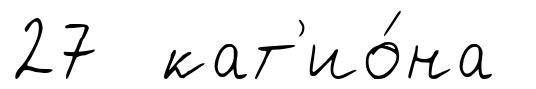
27 кат'ио́на